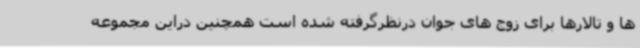
ها و تالارها برای زوج های جوان درنظرگرفته شده است همچنین دراین مجموعه